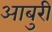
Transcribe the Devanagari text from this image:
आबुरी